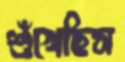
শুঁখেছিস